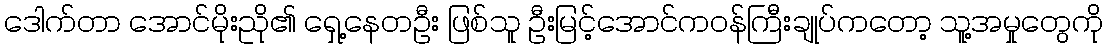
ဒေါက်တာ အောင်မိုးညို၏ ရှေ့နေတဦး ဖြစ်သူ ဦးမြင့်အောင်ကဝန်ကြီးချုပ်ကတော့ သူ့အမှုတွေကို